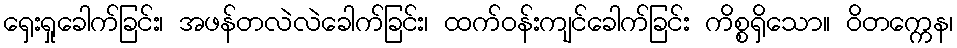
ရှေးရှုခေါက်ခြင်း၊ အဖန်တလဲလဲခေါက်ခြင်း၊ ထက်ဝန်းကျင်ခေါက်ခြင်း ကိစ္စရှိသော။ ဝိတက္ကေန၊